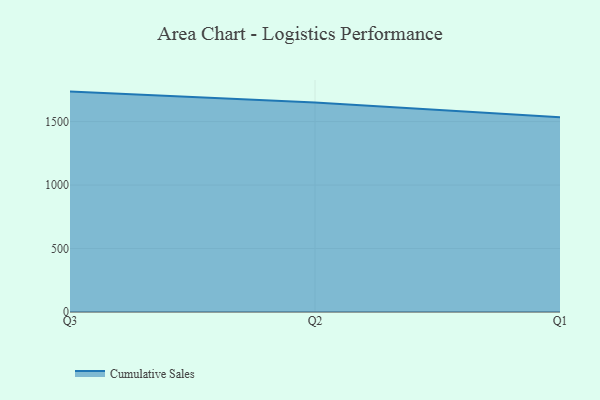
{"axis": {"x": "Quarter", "y": "Page Views"}, "legend": ["Cumulative Sales"], "data": [{"x": "Q3", "y": 1736.1, "type": "Cumulative Sales"}, {"x": "Q2", "y": 1650.6, "type": "Cumulative Sales"}, {"x": "Q1", "y": 1533.8, "type": "Cumulative Sales"}]}